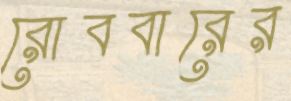
রোববারের